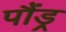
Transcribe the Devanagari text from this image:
पौंड्र